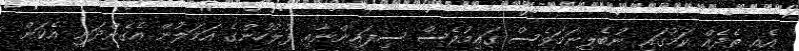
އެއީ ތެދެއް ކަމުގައި ނުބެލިނަމަވެސް ގައިމުވެސް ސިފައިންނާއި ފުލުހުންގެ އަމަލުން އެގެންދަނީ އެކަން